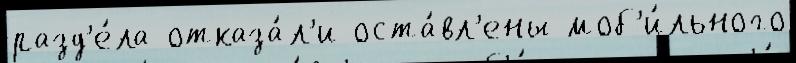
разд'е́ла отказа́л'и оста́вл'ены моб'и́льного